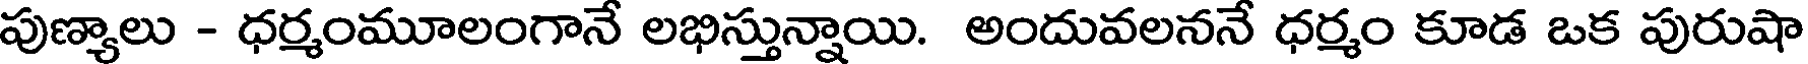
పుణ్యాలు - ధర్మంమూలంగానే లభిస్తున్నాయి. అందువలననే ధర్మం కూడ ఒక పురుషా